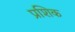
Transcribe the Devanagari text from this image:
प्रशिक